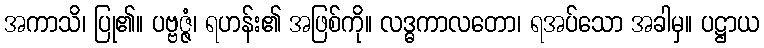
အကာသိ၊ ပြု၏။ ပဗ္ဗဇ္ဇံ၊ ရဟန်း၏ အဖြစ်ကို။ လဒ္ဓကာလတော၊ ရအပ်သော အခါမှ။ ပဋ္ဌာယ